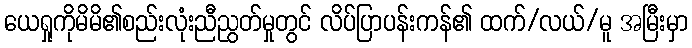
ယေရှုကိုမိမိ၏စည်းလုံးညီညွတ်မှုတွင် လိပ်ပြာပန်းကန်၏ ထက်/လယ်/မူ အမြီးမှာ